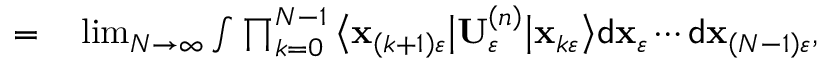
\begin{array} { r l } { = } & { { } \operatorname* { l i m } _ { N \rightarrow \infty } \int \prod _ { k = 0 } ^ { N - 1 } \big \langle \mathbf { x } _ { \left( k + 1 \right) \varepsilon } \big \vert \mathbf { U } _ { \varepsilon } ^ { \left( n \right) } \big \vert \mathbf { x } _ { k \varepsilon } \big \rangle \mathsf { d } \mathbf { x } _ { \varepsilon } \cdots \mathsf { d } \mathbf { x } _ { \left( N - 1 \right) \varepsilon } , } \end{array}